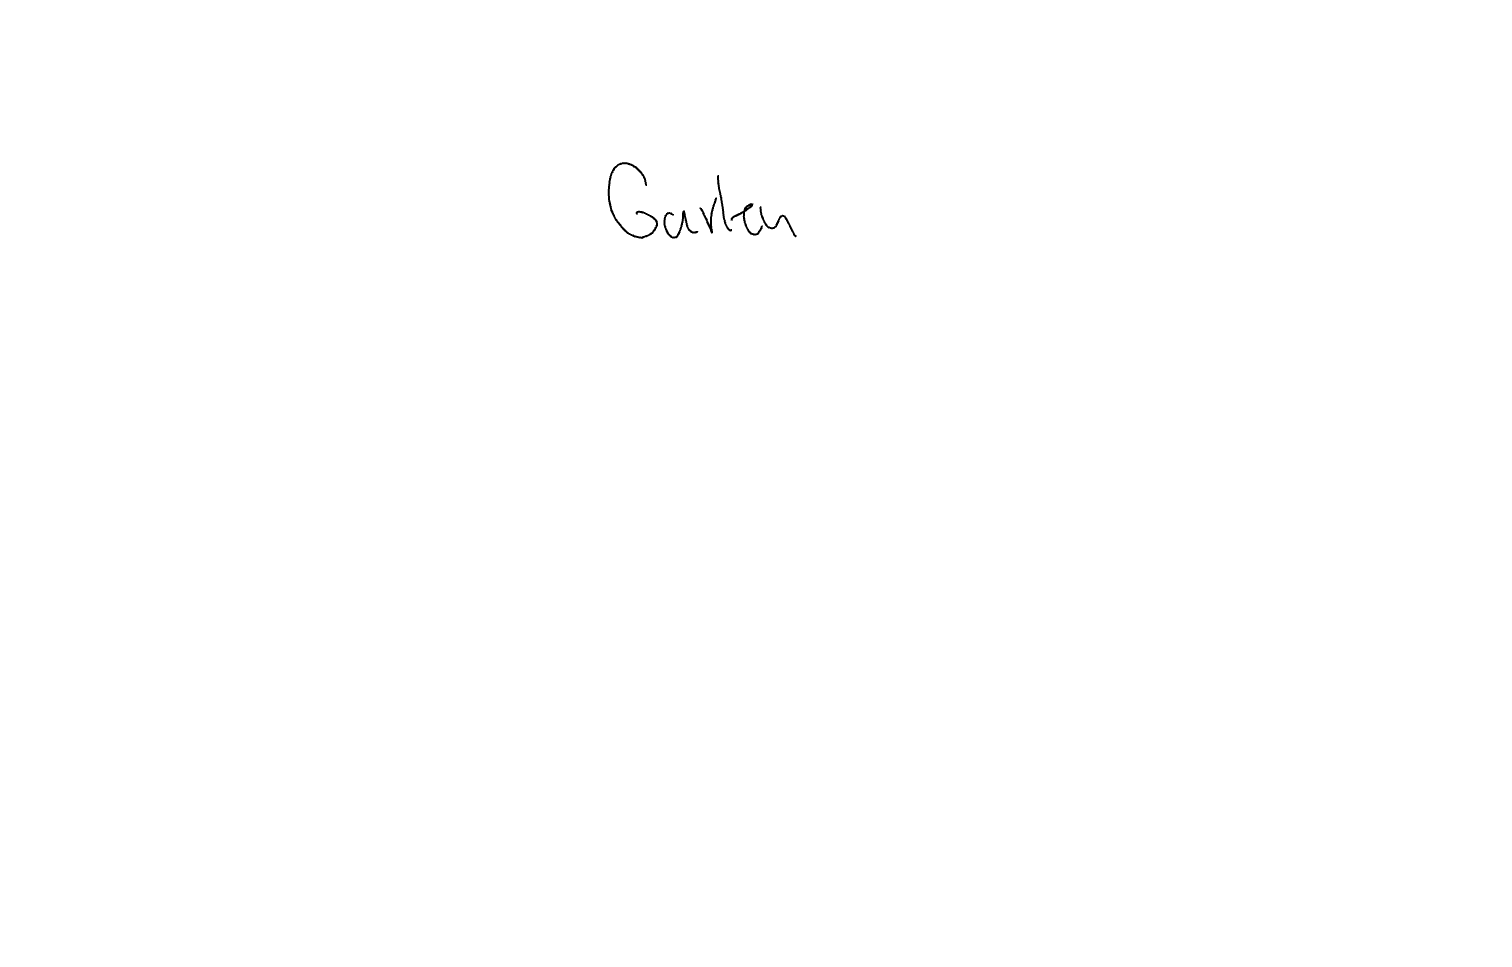
Text: Garten